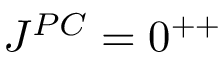
J ^ { P C } = 0 ^ { + + }